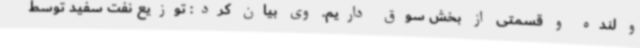
و لنده و قسمتی از بخش سوق داریم. وی بیان کرد: توزیع نفت سفید توسط